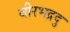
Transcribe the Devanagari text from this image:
वीरभद्रदु